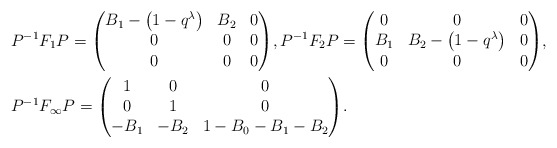
\begin{align*}& P^{-1}F_1P = \begin{pmatrix} B_1-\big(1-q^{\lambda}\big) & B_2 & 0\\ 0 & 0 & 0\\ 0 & 0 & 0 \end{pmatrix}\!, P^{-1}F_2P = \begin{pmatrix} 0 & 0 & 0\\ B_1 & B_2-\big(1-q^{\lambda}\big) & 0\\ 0 & 0 & 0 \end{pmatrix}\!, \\& P^{-1}F_{\infty}P = \begin{pmatrix} 1 & 0 & 0\\ 0 & 1 & 0\\ -B_1 & -B_2 & 1-B_0-B_1-B_2 \end{pmatrix}\!.\end{align*}